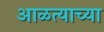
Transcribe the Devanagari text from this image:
आळत्याच्या